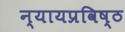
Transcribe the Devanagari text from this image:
न्यायप्रविष्ठ